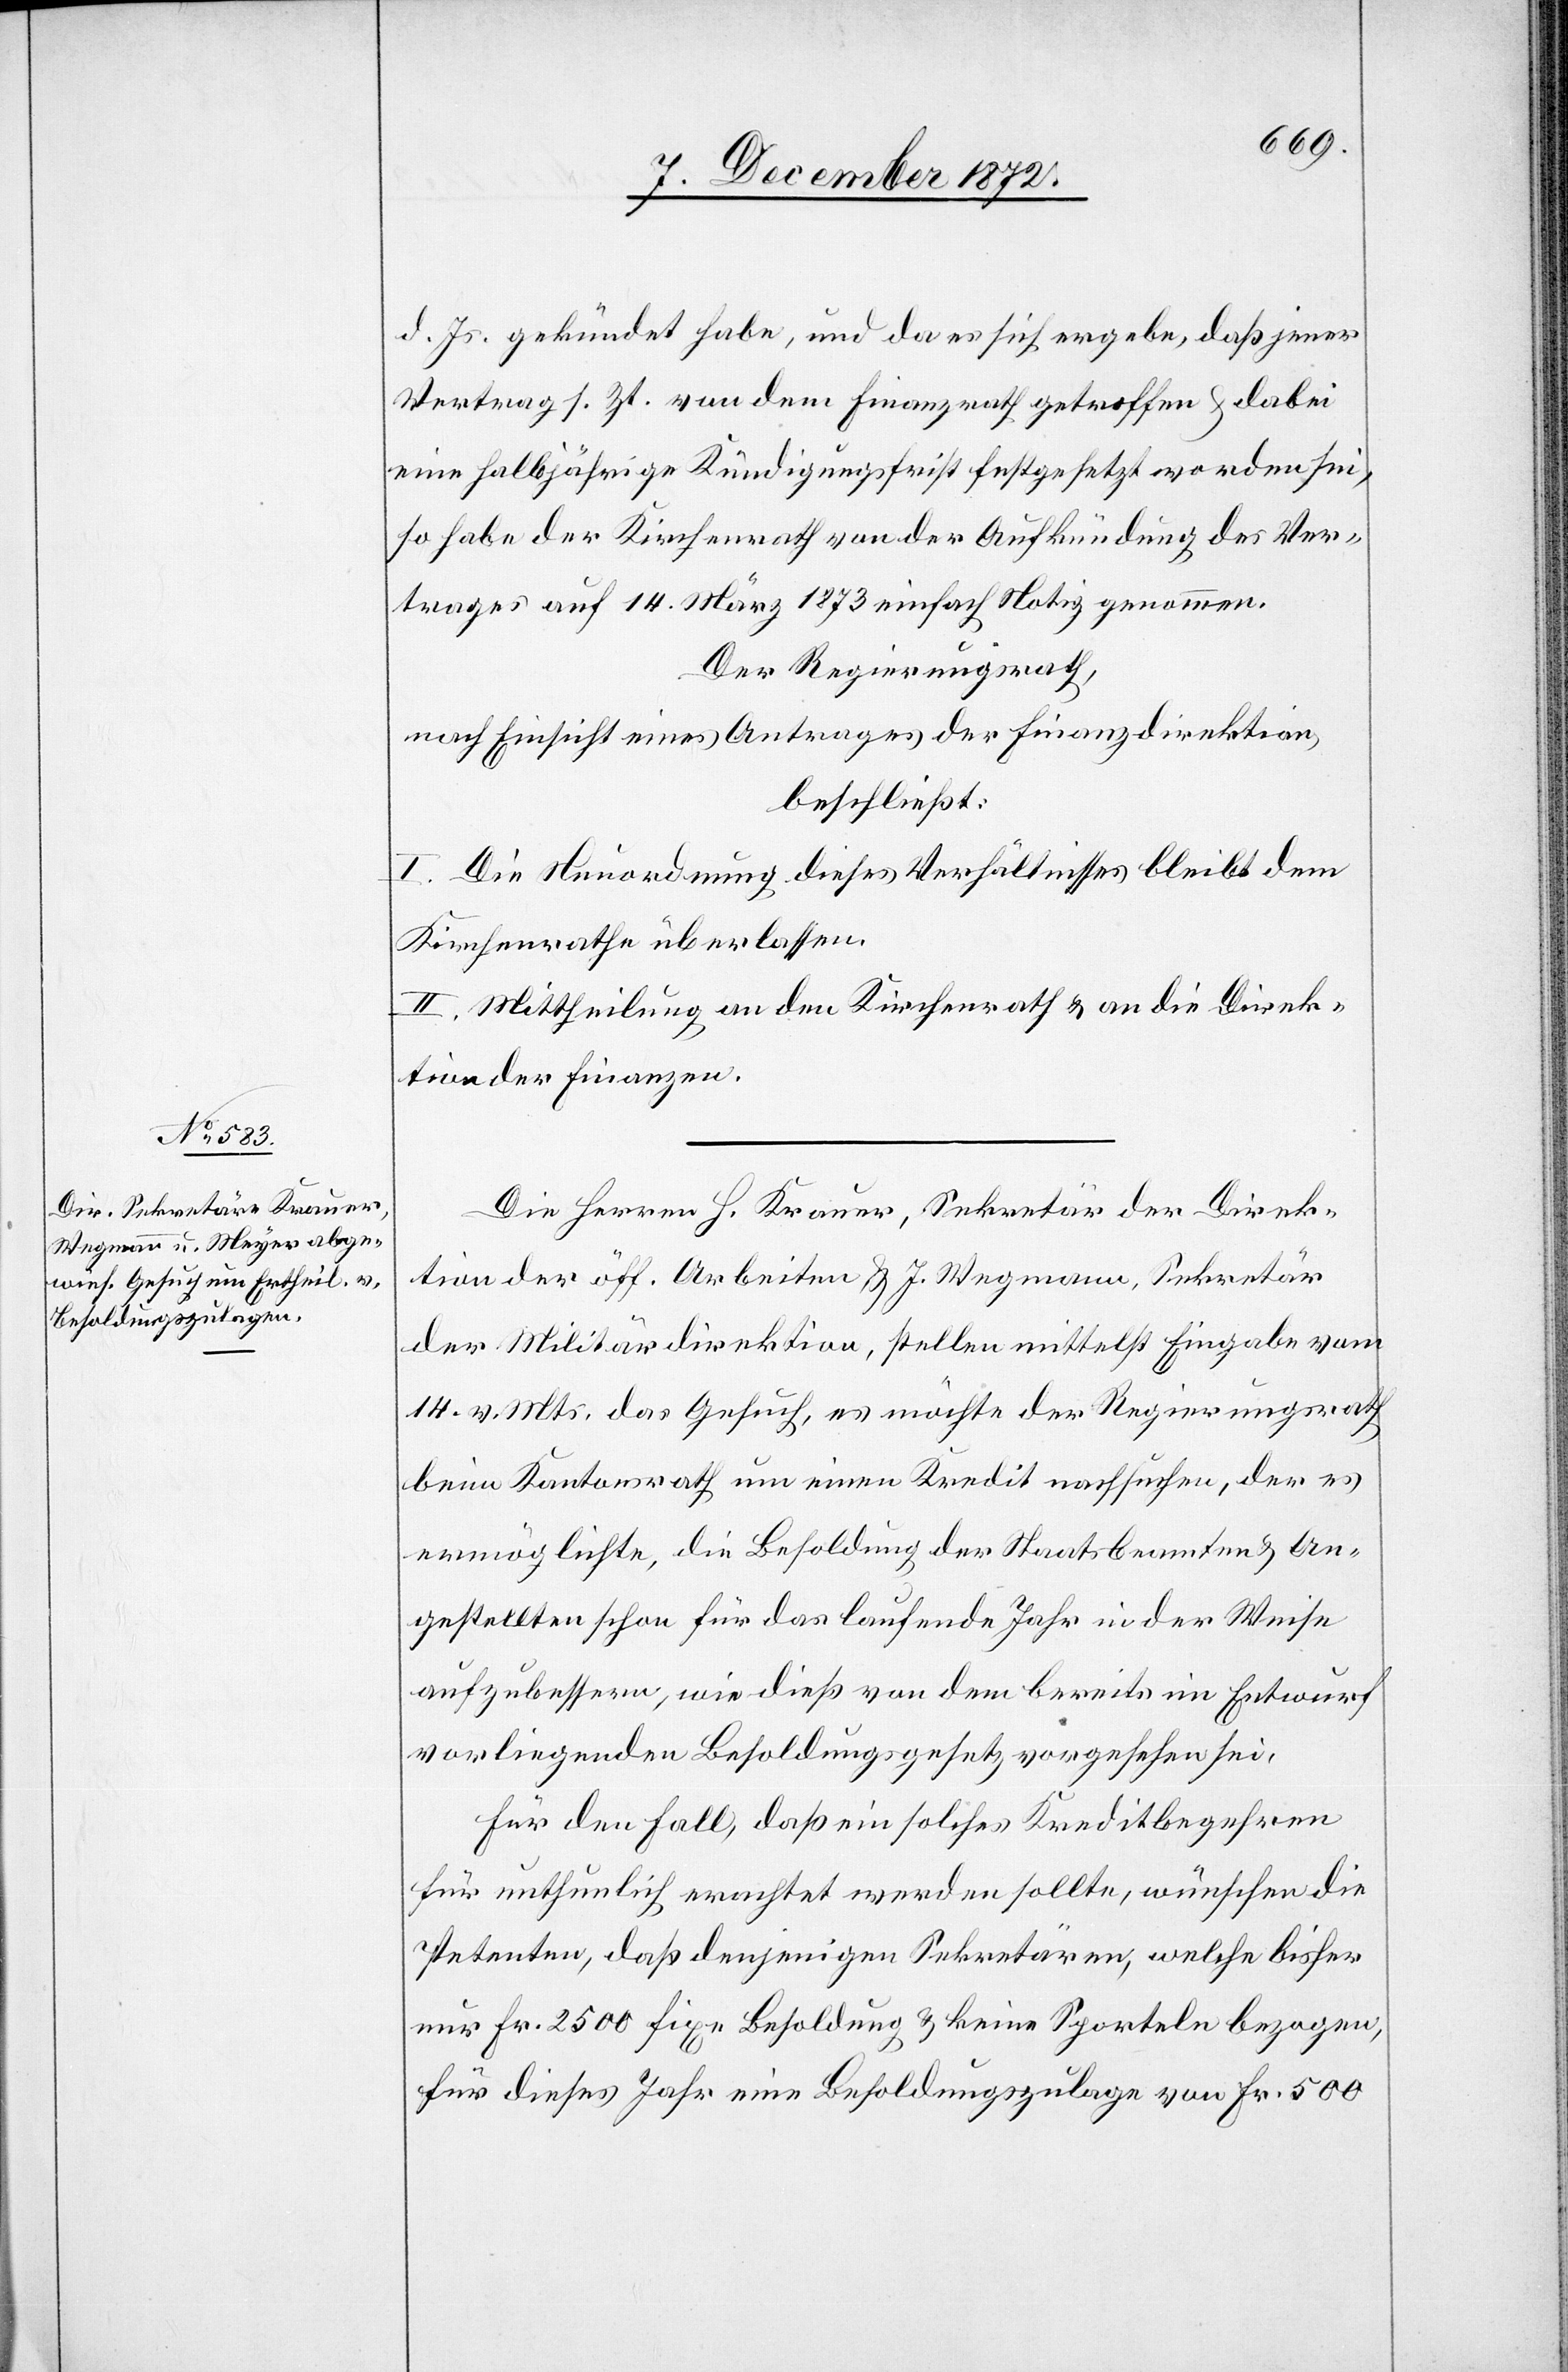
d. Js. gekündet habe, und da es sich ergebe, daß jener
Vertrag s. Zt. von dem Finanzrath getroffen u. dabei
eine halbjährige Kündigungsfrist festgesetzt worden sei,
so habe der Kirchenrath von der Aufkündung des Ver¬
trages auf 14. März 1873 einfach Notiz genommen.
Der Regierungsrath,
nach Einsicht eines Antrages der Finanzdirektion,
beschließt:
I. Die Neuordnung dieses Verhältnisses bleibt dem
Kirchenrathe überlassen.
II. Mittheilung an den Kirchenrath u. an die Direk¬
tion der Finanzen.
Die Herren H. Krauer, Sekretär der Direk¬
tion der öff. Arbeiten u. J. Wegmann, Sekretär
der Militärdirektion, stellen mittelst Eingabe vom
14. v. Mts. das Gesuch, es möchte der Regierungsrath
beim Kantonsrath um einen Kredit nachsuchen, der es
ermöglichte, die Besoldung der Staatsbeamten u. An¬
gestellten schon für das laufende Jahr in der Weise
aufzubessern, wie dieß von dem bereits mit Entwurf
vorliegenden Besoldungsgesetz vorgesehen sei.
Für den Fall, daß ein solches Kreditbegehren
für unthunlich erachtet werden sollte, wünschen die
Petenten, das denjenigen Sekretären, welche bisher
nur Fr. 2500 fixe Besoldung u. keine Sporteln bezogen,
für dieses Jahr eine Besoldungszulage von Fr. 500